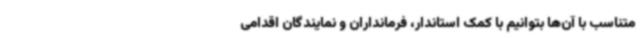
متناسب با آن‌ها بتوانیم با کمک استاندار، فرمانداران و نمایندگان اقدامی